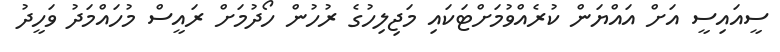
ސީއައިސީ އަށް އައްޔަން ކުރެއްވުމަށްޓަކައި މަޖިލިހުގެ ރުހުން ހޯދުމަށް ރައީސް މުހައްމަދު ވަހީދު